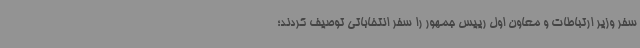
سفر وزیر ارتباطات و معاون اول رییس جمهور را سفر انتخاباتی توصیف کردند؛